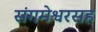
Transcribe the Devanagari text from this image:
संगमेश्वरसह